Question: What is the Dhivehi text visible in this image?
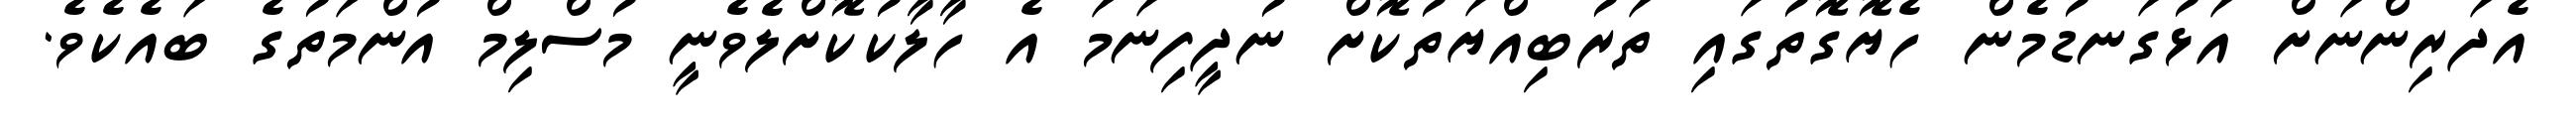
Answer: އެދަރިންނަށް އަޅުގަނޑުމެން ހެޔޮގޮތުގައި ތަރުބިއްޔަތުކޮށް ނުދީފިނަމަ އެ ހާލާކުކޮށްލެވެނީ މުސްލިމް އުންމަތުގެ ބައެކެވެ.